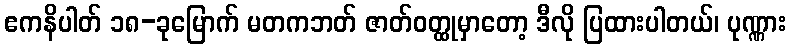
ဧကနိပါတ် ၁၈-ခုမြောက် မတကဘတ် ဇာတ်ဝတ္ထုမှာတော့ ဒီလို ပြထားပါတယ်၊ ပုဏ္ဏား